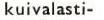
kuivalasti-